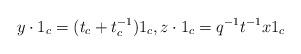
LaTeX: \begin{align*} y\cdot 1_c = (t_c+t_c^{-1})1_c,z\cdot 1_c = q^{-1}t^{-1}x1_c \end{align*}